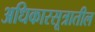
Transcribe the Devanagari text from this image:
अधिकारसूत्रातील